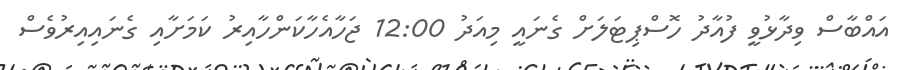
އައްބާސް ވިދާޅުވީ ފުއާާދު ހޮސްޕިޓަލަށް ގެނައީ މިއަދު 12:00 ޖަހާއެހާކަންހާއިރު ކަމަށާއި ގެނައިއިރުވެސް